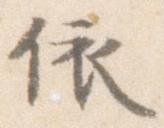
依